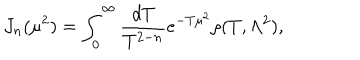
LaTeX: J _ { n } ( \mu ^ { 2 } ) = \int _ { 0 } ^ { \infty } \frac { d T } { T ^ { 2 - n } } e ^ { - T \mu ^ { 2 } } \rho ( T , \Lambda ^ { 2 } ) ,